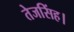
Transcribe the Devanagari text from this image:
तेजसिंह।